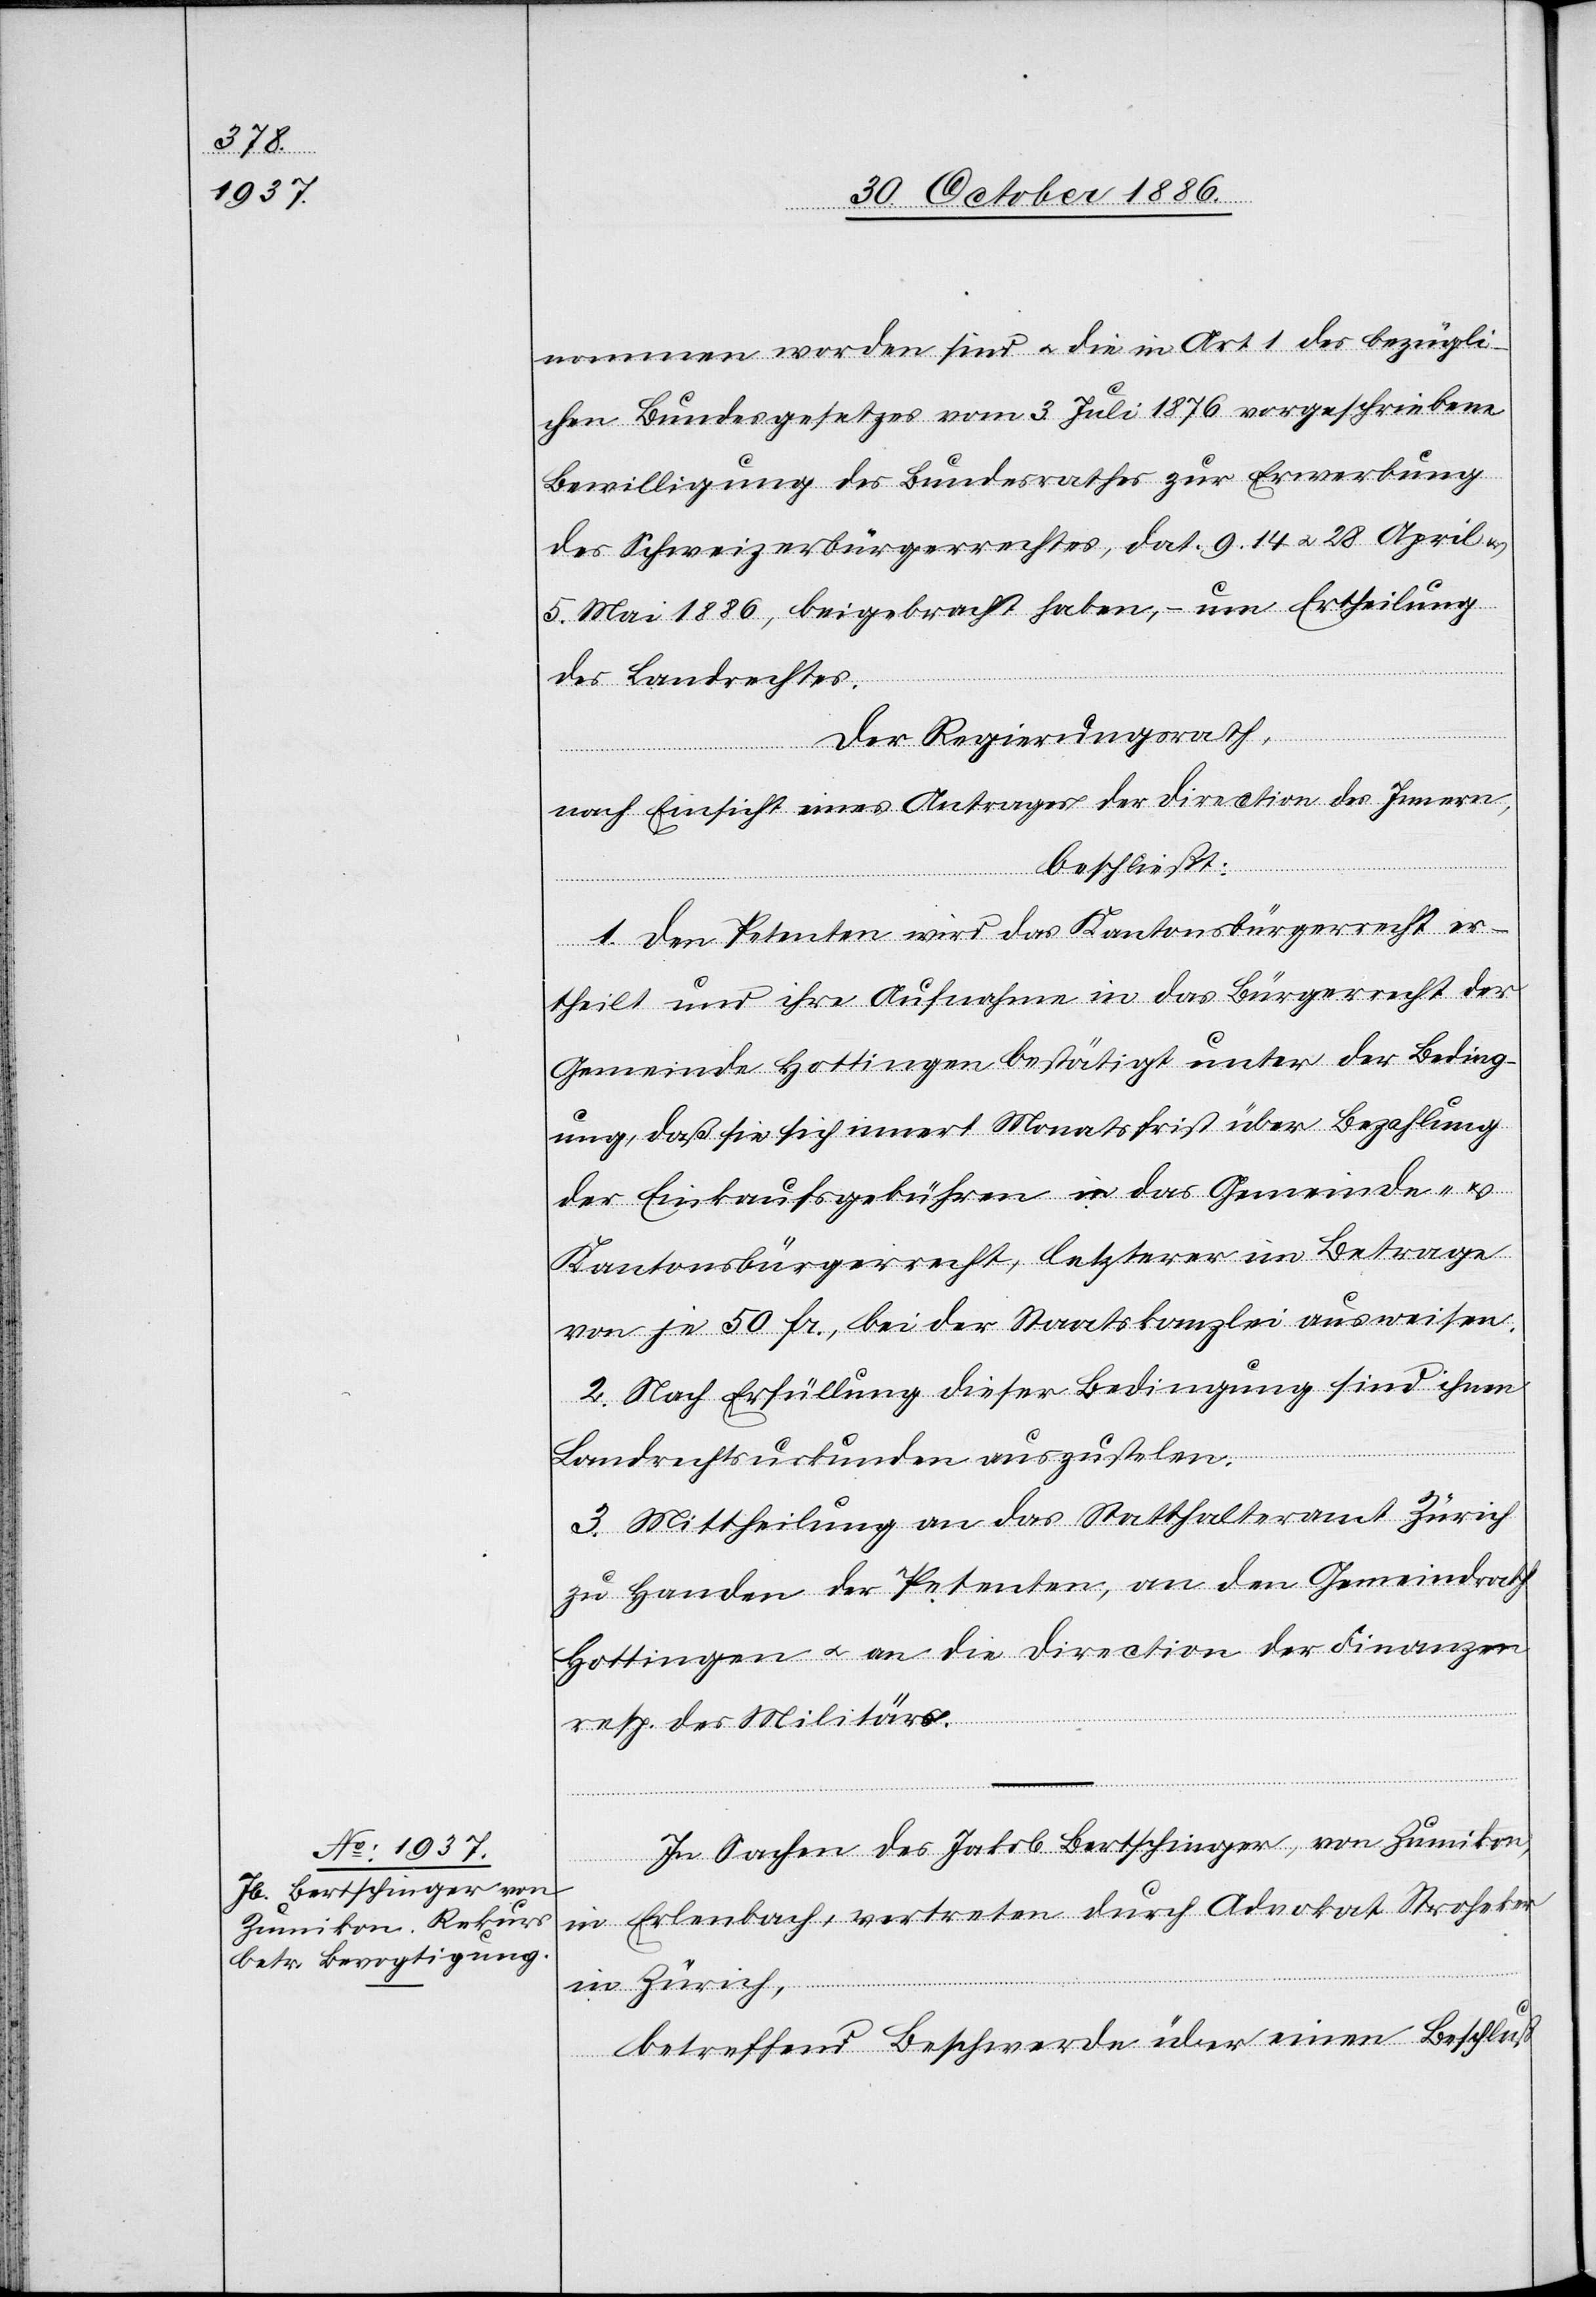
nommen worden sind & die in Art. 1 des bezügli¬
chen Bundesgesetzes vom 3. Juli 1876 vorgeschriebene
Bewilligung des Bundesrathes zur Erwerbung
des Schweizerbürgerrechtes, dat. 9. 14. & 28. April
5. Mai 1886, beigebracht haben, – um Ertheilung
des Landrechtes.
Der Regierungsrath,
nach Einsicht eines Antrages der Direction des Innern,
beschließt:
1. Den Petenten wird das Kantonsbürgerrecht er¬
theilt und ihre Aufnahme in das Bürgerrecht der
Gemeinde Hottingen bestätigt unter der Beding¬
ung, daß sie sich innert Monatsfrist über Bezahlung
der Einkaufsgebühren in das Gemeinde- &
Kantonsbürgerrecht, letzterer im Betrage
von je 50 Fr., bei der Staatskanzlei ausweisen.
2. Nach Erfüllung dieser Bedingung sind ihnen
Landrechtsurkunden auszustel[l]en.
3. Mittheilung an das Statthalteramt Zürich
zu Handen der Petenten, an den Gemeindrath
Hottingen & an die Direction der Finanzen
resp. des Militärs.
In Sachen des Jakob Bertschinger, von Zumikon,
in Erlenbach, vertreten durch Advokat Stroheker
in Zürich,
betreffend Beschwerde über einen Beschluß